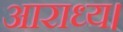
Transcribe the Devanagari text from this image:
आराध्य।